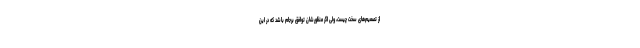
از تصمیم‌های سخت چیست، ولی اگر منظورشان توافق برجام باشد که در این